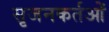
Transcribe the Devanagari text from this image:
सृजनकर्तओं